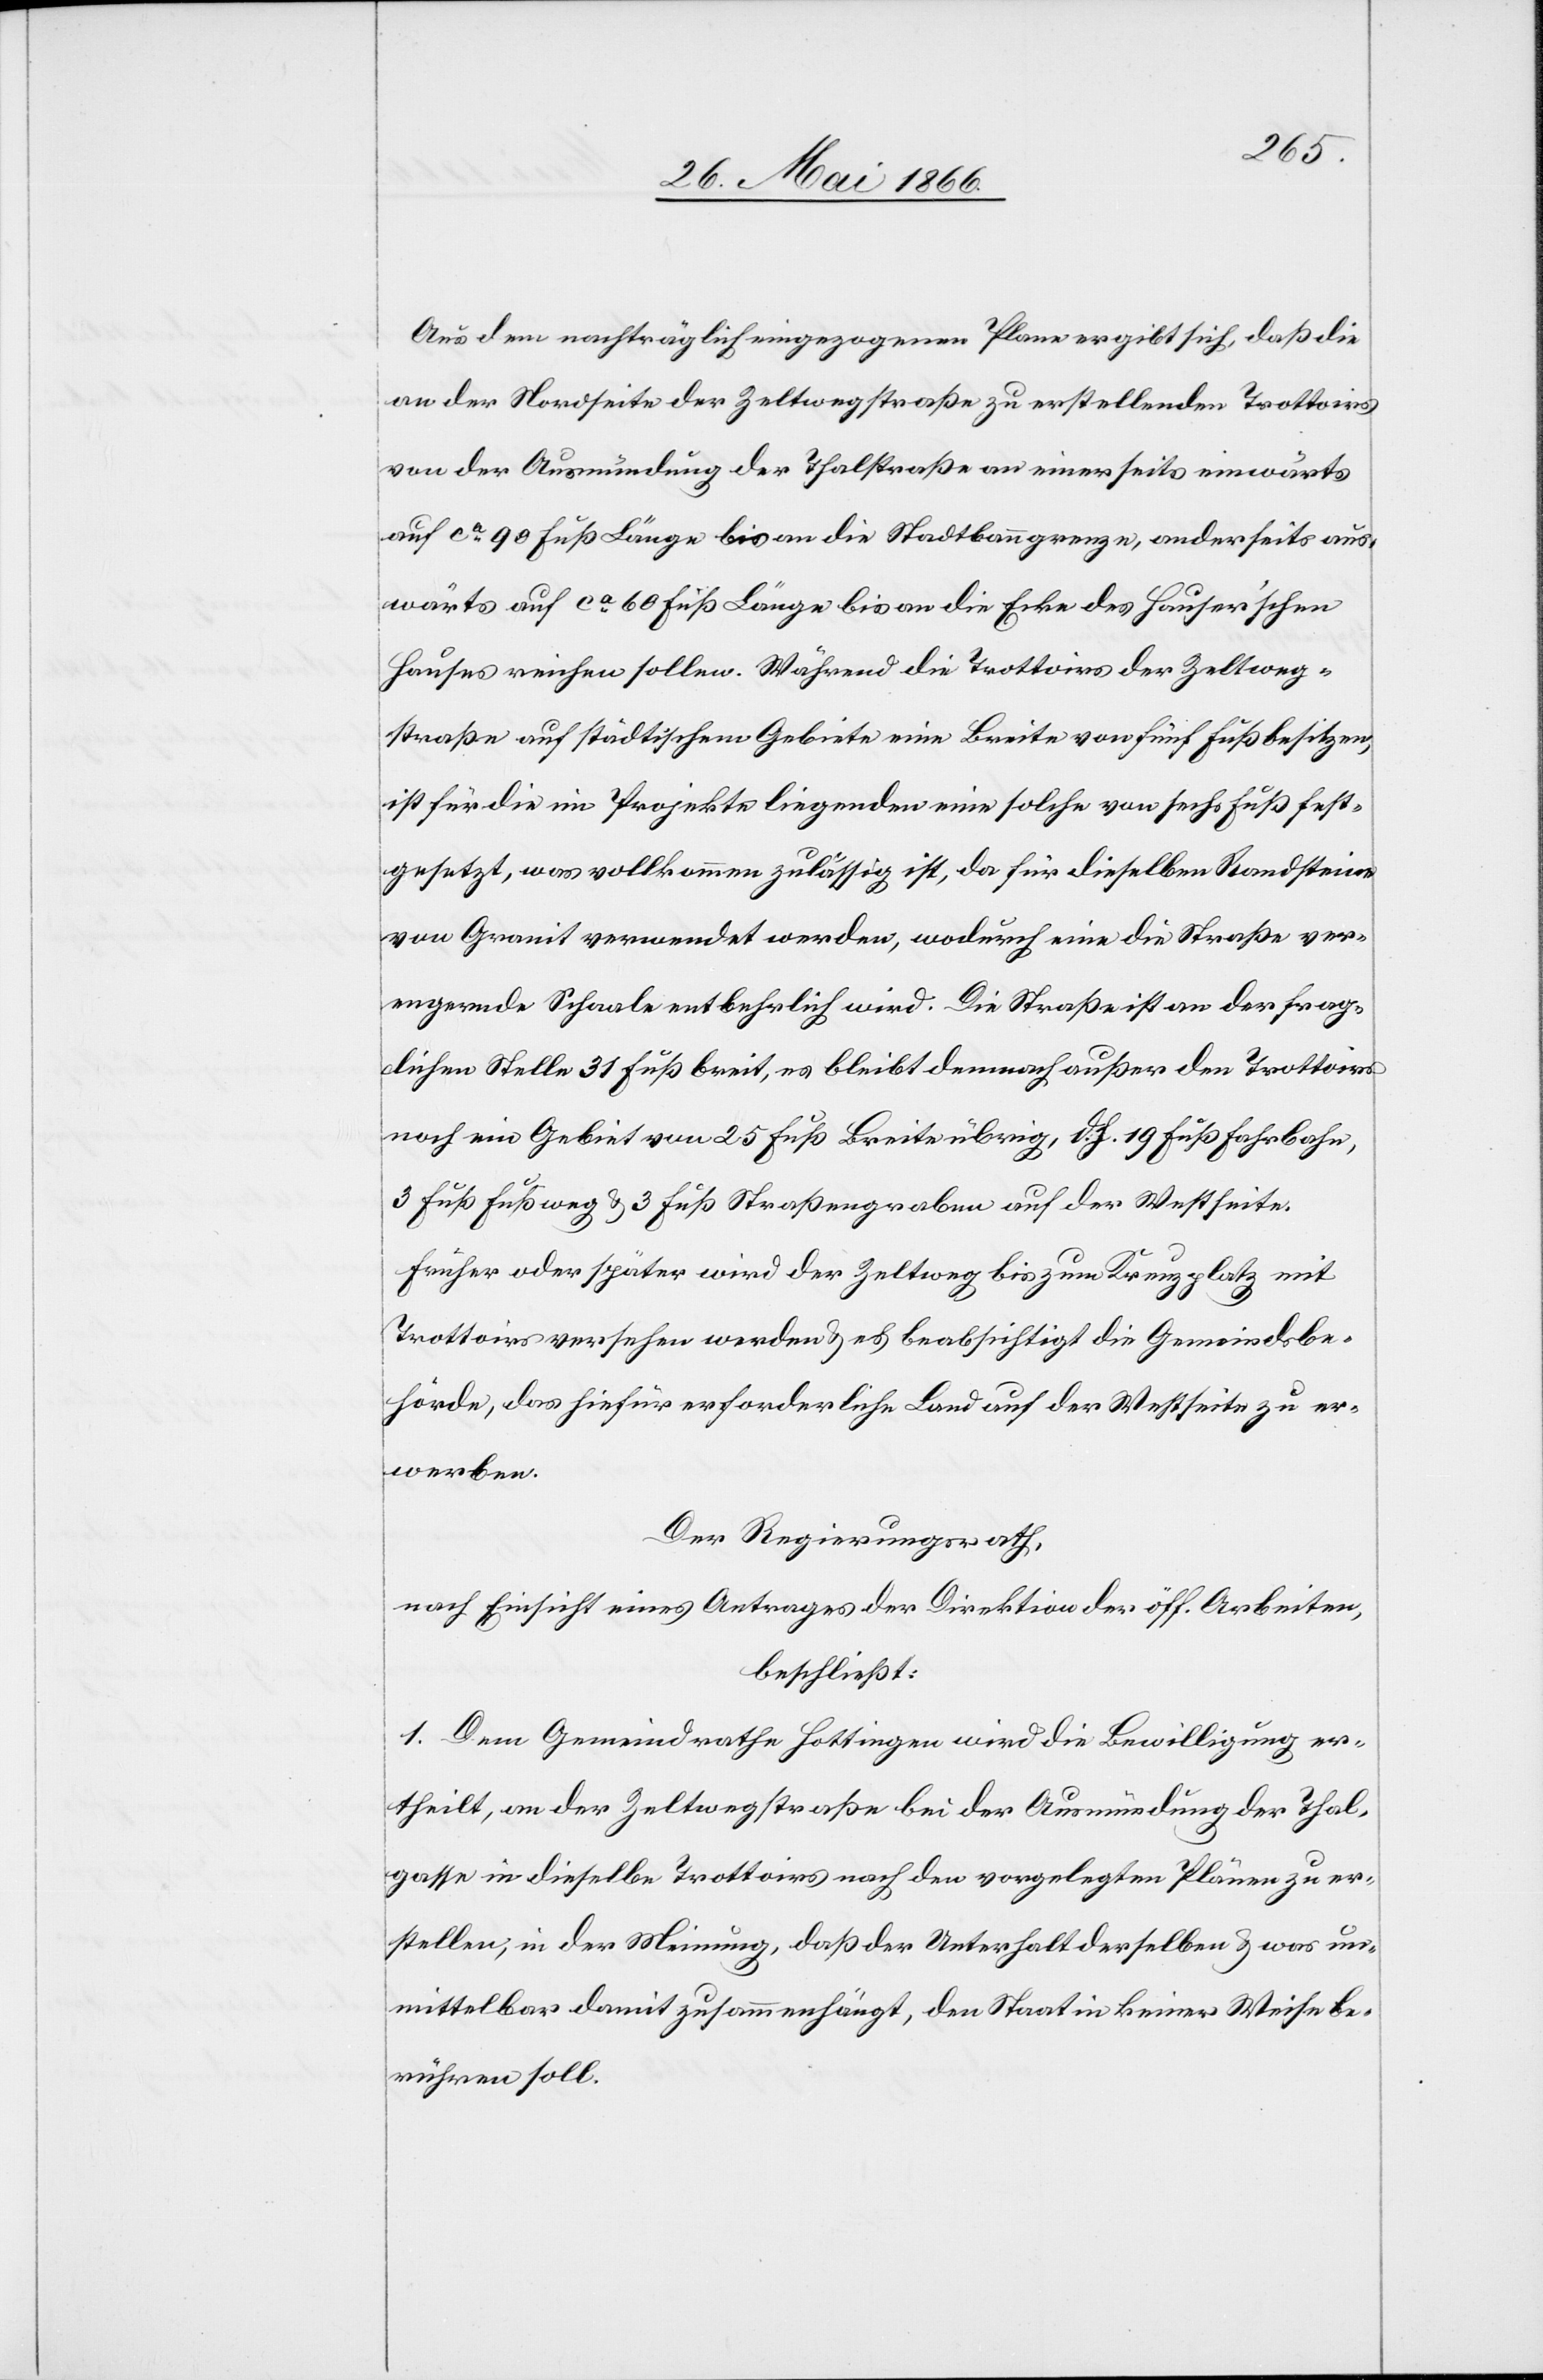
Zeltweg¬
Aus dem nachträglich eingegangenen Plane ergibt sich, daß die
an der Nordseite der Zeltwegstraße zu erstellenden Trottoirs
von der Ausmündung der Thalstraße an einerseits einwärts
auf ca. 90 Fuß Länge bis an die Ecke des Hauser’schen Hauses reichen s¬
straße auf städtischem Gebiete eine breite von fünf Fuß besitzen,
ist für die im Projekte liegenden eine solche von sechs Fuß fest¬
gesetzt, was vollkommen zulässig ist, da für dieselben Randsteine
von Granit verwendet werden, wodurch eine die Straße ver¬
engende Schaale entbehrlich wird. Die Straße ist an der frag¬
lichen Stelle 31 Fuß breit, es bleibt demnach außer den Trottoirs
noch ein Gebiet von 25 Fuß Breite übrig, d. h. 19 Fuß Fahrbahn,
3 Fuß Fußweg u. 3 Fuß Straßengraben auf der Westseite.
Früher oder später wird der Zeltweg bis zum Kreuzplatz mit
Trottoirs versehen werden u. es beabsichtigt die Gemeindsbe¬
hörde, das hiefür erforderliche Land auf der Westseite zu er¬
werben.
Der Regierungsrath,
nach Einsicht eines Antrages der Direktion der öff. Arbeiten,
beschließt:
1. Dem Gemeindrathe wird die Bewilligung ertheilt, an der
Thalgasse in dieselbe Trottoirs nach den vorgelegten Plänen zu er¬
stellen, in der Meinung, daß der Unterhalt derselben u. was un¬
mittelbar damit zusammenhängt, den Staat in keiner Weise be¬
rühren soll.